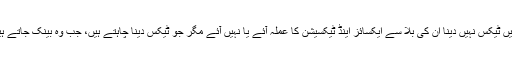
نیشنل بینک میں آپ کا عملہ دن کے11 بجے تک نہیں آتا، جنہیں ٹیکس نہیں دینا ان کی بلا سے ایکسائز اینڈ ٹیکسیشن کا عملہ آئے یا نہیں آئے مگر جو ٹیکس دینا چاہتے ہیں، جب وہ بینک جاتے ہیں تو اسٹاف کہتا ہے کہ ابھی یہ آئے نہیں ہیں بعد میں آئیے گا۔